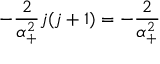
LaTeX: - \frac 2 { \alpha _ { + } ^ { 2 } } j ( j + 1 ) = - \frac 2 { \alpha _ { + } ^ { 2 } }